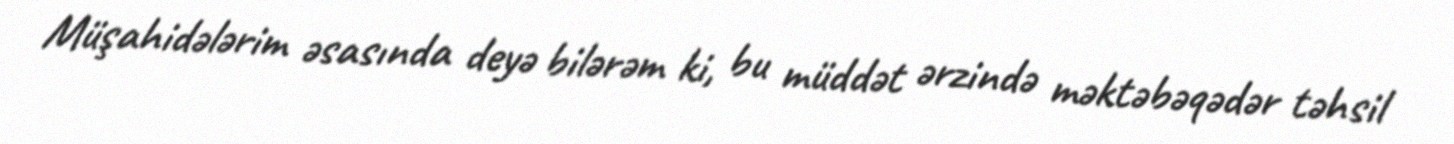
Müşahidələrim əsasında deyə bilərəm ki, bu müddət ərzində məktəbəqədər təhsil